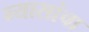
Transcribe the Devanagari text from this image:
न्यासांचा